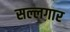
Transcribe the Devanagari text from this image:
सल्लगार